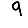
Digit: 9